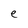
Character: e